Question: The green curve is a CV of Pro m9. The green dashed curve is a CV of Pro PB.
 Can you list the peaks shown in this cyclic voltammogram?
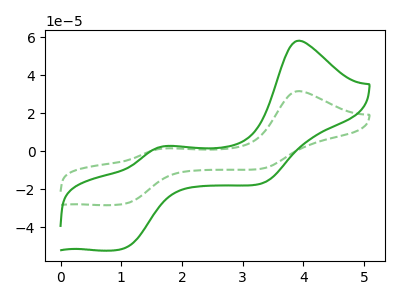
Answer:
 <answer>The green curve "Pro m9" has anodic peaks at (3.95V, 58.05uA) (1.75V, 2.60uA) and cathodic peaks at (1.05V, -51.15uA) (3.30V, -17.00uA). The green dashed curve "Pro PB" has anodic peaks at (3.95V, 31.55uA) (1.75V, 1.40uA) and cathodic peaks at (1.05V, -27.80uA) (3.30V, -9.20uA).</answer>
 <eval></eval>